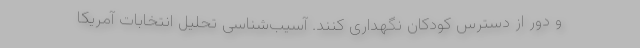
و دور از دسترس کودکان نگهداری کنند. آسیب‌شناسی تحلیل انتخابات آمریکا